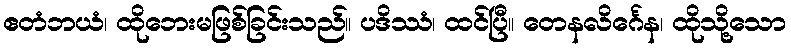
ဧတံဘယံ၊ ထိုဘေးမဖြစ်ခြင်းသည်။ ပဒိဿံ၊ ထင်ပြီ။ တေနလိင်္ဂေန၊ ထိုသို့သော